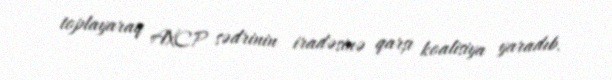
toplayaraq AXCP sədrinin iradəsinə qarşı koalisiya yaradıb.